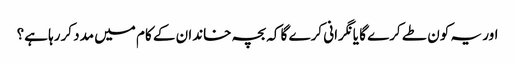
اور یہ کون طے کرے گا یانگرانی کرے گا کہ بچہ خاندان کے کام میں مدد کررہا ہے؟